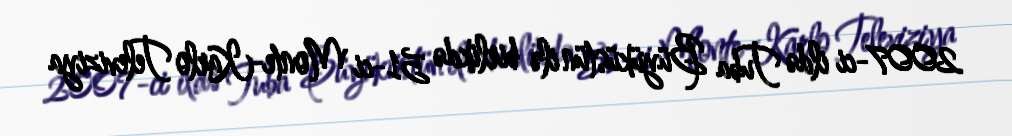
2007-ci ildə Tuba Büyüküstün ilə birlikdə 51-ci Monte-Karlo Televiziya